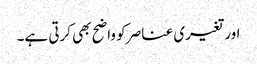
اور تغیری عناصر کو واضح بھی کرتی ہے۔